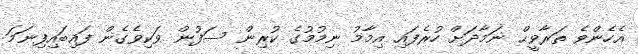
އެހެންވެ ތަރާވީޙް ނަމާދަށް ހުރެފައި އިމާމު ނިމުމުގެ ކުރިން ސަފުން ވަކިވެގެން ފައިބައިފިނަމަ